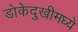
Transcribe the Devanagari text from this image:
डोकेदुखीमध्ये